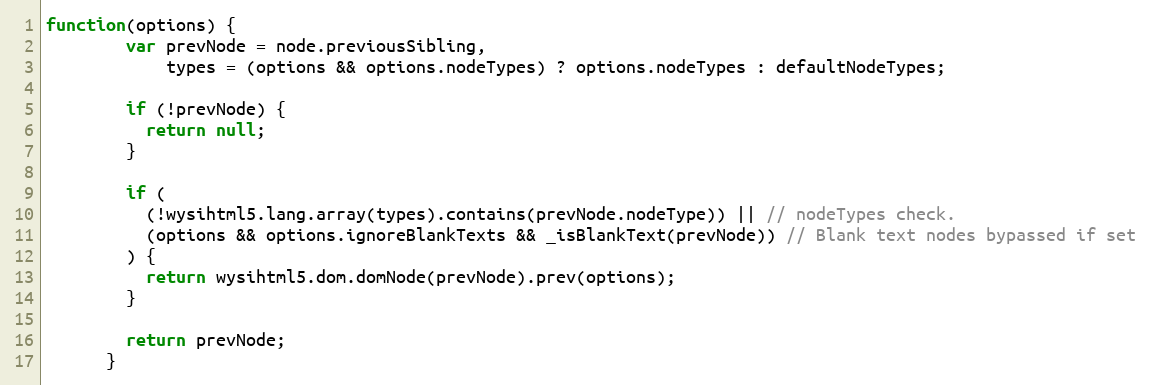
Language: JavaScript
function(options) {
        var prevNode = node.previousSibling,
            types = (options && options.nodeTypes) ? options.nodeTypes : defaultNodeTypes;

        if (!prevNode) {
          return null;
        }

        if (
          (!wysihtml5.lang.array(types).contains(prevNode.nodeType)) || // nodeTypes check.
          (options && options.ignoreBlankTexts && _isBlankText(prevNode)) // Blank text nodes bypassed if set
        ) {
          return wysihtml5.dom.domNode(prevNode).prev(options);
        }

        return prevNode;
      }